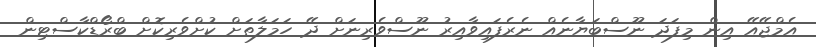
އެމްޖޭއޭ އިން މިފަދަ ނޫސްބަޔާނެއް ނެރެފައިވާއިރު ނޫސްވެރިނަށް ދޭ ހަމަލާތަށް ކުށްވެރިކޮށް ބްރޯޑްކާސްޓިން